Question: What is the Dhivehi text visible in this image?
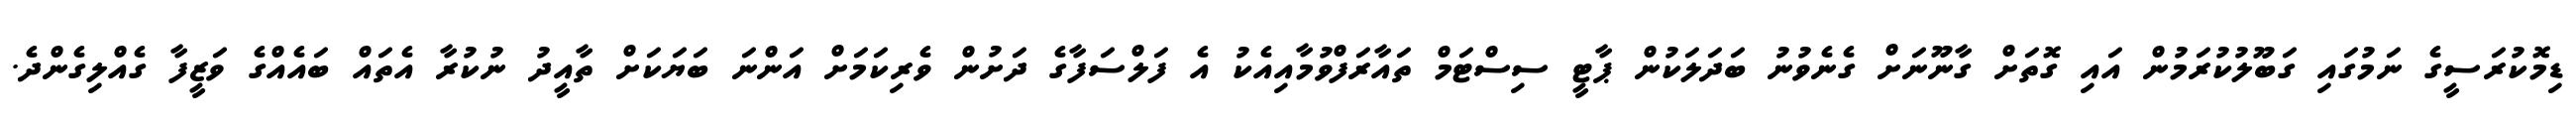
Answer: ޑިމޮކުރަސީގެ ނަމުގައި ގަބޫލުކުރަމުން އައި ގޮތަށް ގާނޫނަށް ގެނެވުނު ބަދަލަކުން ޕާޓީ ސިސްޓަމް ތައާރަފްވުމާއިއެކު އެ ފަލްސަފާގެ ދަށުން ވެރިކަމަށް އަންނަ ބަޔަކަށް ތާއީދު ނުކުރާ އެތައް ބައެއްގެ ވަޒީފާ ގެއްލިގެންދެ.